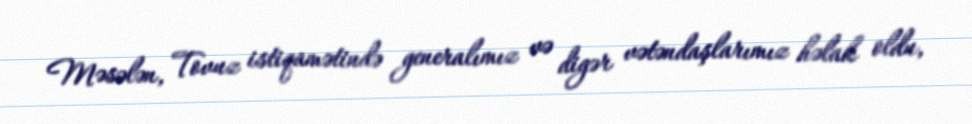
Məsələn, Tovuz istiqamətində generalımız və digər vətəndaşlarımız həlak oldu,